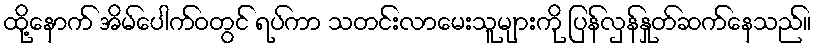
ထို့နောက် အိမ်ပေါက်ဝတွင် ရပ်ကာ သတင်းလာမေးသူများကို ပြန်လှန်နှုတ်ဆက်နေသည်။